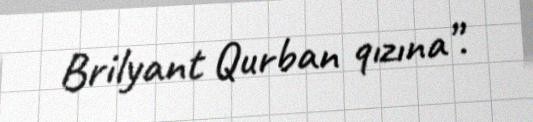
Brilyant Qurban qızına”.